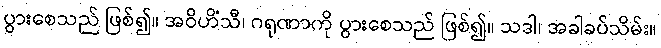
ပွားစေသည် ဖြစ်၍။ အဝိဟိံသီ၊ ဂရုဏာကို ပွားစေသည် ဖြစ်၍။ သဒါ၊ အခါခပ်သိမ်း။